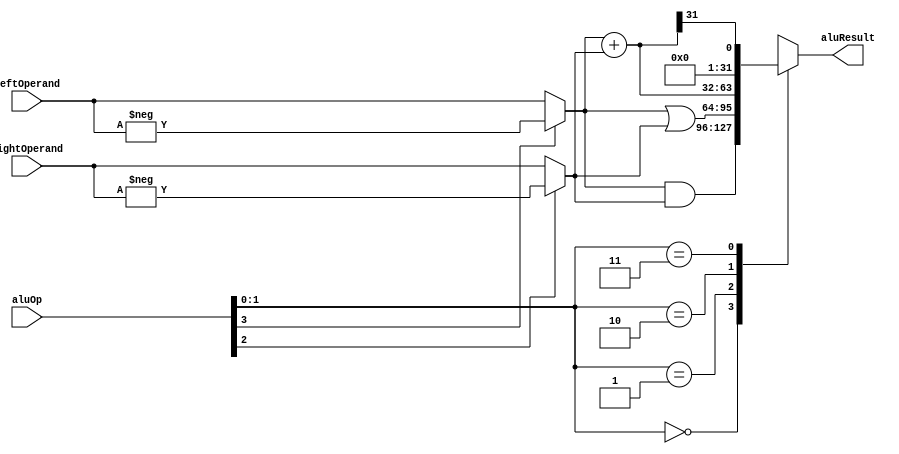
module Alu32b_simple(
    aluOp,
    leftOperand,
    rightOperand,
    aluResult
);
    input wire [3:0] aluOp;
    input wire [31:0] leftOperand;
    input wire [31:0] rightOperand;
    output reg [31:0] aluResult;

    wire [31:0] sourceA;
    wire [31:0] sourceB;
    assign sourceA = aluOp[3] ? -leftOperand : leftOperand;
    assign sourceB = aluOp[2] ? -rightOperand : rightOperand;

    wire [31:0] sum;
    assign sum = sourceA + sourceB;

    always @(*) begin
        case (aluOp[1:0])
            0: begin
                aluResult <= sourceA & sourceB;
            end
            1: begin
                aluResult <= sourceA | sourceB;
            end
            2: begin
                aluResult <= sum;
            end
            3: begin
                aluResult <= {
                    31'b0,
                    sum[31]
                };
            end
            default: begin
                // exception
                aluResult <= 0;
            end
        endcase
    end
    
endmodule